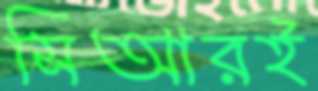
সিআরই